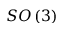
S O \left( 3 \right)